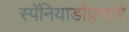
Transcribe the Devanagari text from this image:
स्पॅनियार्डांप्रमाणे